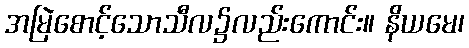
အမြဲစောင့်သောသီလ၌လည်းကောင်း။ နိယမေ၊